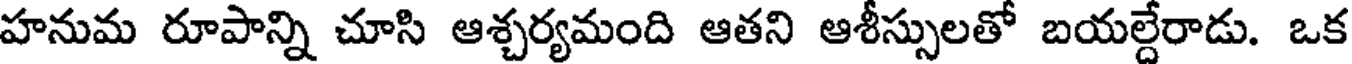
హనుమ రూపాన్ని చూసి ఆశ్చర్యమంది ఆతని ఆశీస్సులతో బయల్దేరాడు. ఒక